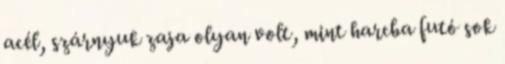
acél, szárnyuk zaja olyan volt, mint harcba futó sok